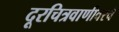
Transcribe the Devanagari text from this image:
दूरचित्रवाणीवरचे